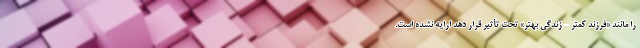
را مانند «فرزند کمتر - زندگی بهتر» تحت تأثیر قرار دهد ارایه نشده است.